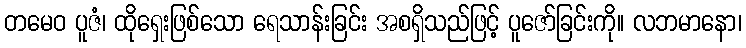
တမေဝ ပူဇံ၊ ထိုရှေးဖြစ်သော ရေသာန်းခြင်း အစရှိသည်ဖြင့် ပူဇော်ခြင်းကို။ လဘမာနော၊